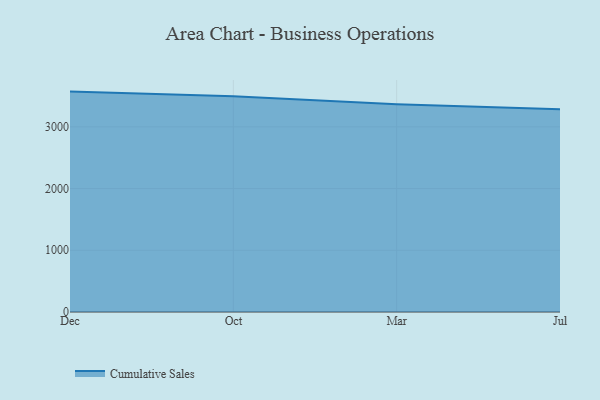
{"axis": {"x": "Month", "y": "Population (Million)"}, "legend": ["Cumulative Sales"], "data": [{"x": "Dec", "y": 3571.0, "type": "Cumulative Sales"}, {"x": "Oct", "y": 3496.0, "type": "Cumulative Sales"}, {"x": "Mar", "y": 3364.6, "type": "Cumulative Sales"}, {"x": "Jul", "y": 3285.4, "type": "Cumulative Sales"}]}